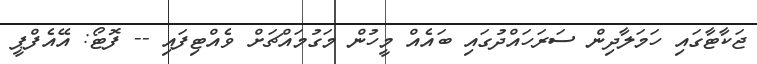
ޖަކާޓާގައި ހަމަލާދިން ސަރަހައްދުގައި ބައެއް މީހުން މަގުމައްޗަށް ވެއްޓިފައި -- ފޮޓޯ: އޭއެފްޕީ